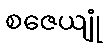
စဇေယျုံ